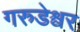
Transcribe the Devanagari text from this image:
गरुडेश्वर